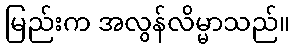
မြည်းက အလွန်လိမ္မာသည်။